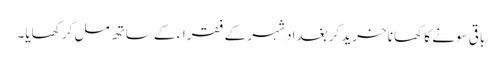
باقی سونے کا کھانا خرید کر بغداد شہر کے فقراء کے ساتھ مل کر کھایا۔